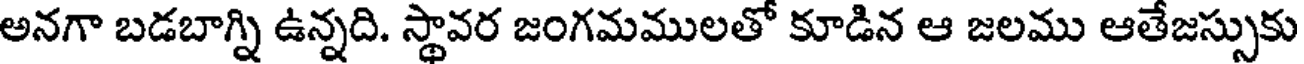
అనగా బడబాగ్ని ఉన్నది. స్థావర జంగమములతో కూడిన ఆ జలము ఆతేజస్సుకు